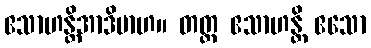
ဧသာဟန္တိအာဒိမာဟ။ တတ္ထ ဧသာဟန္တိ ဧသော